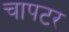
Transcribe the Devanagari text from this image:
चापटर